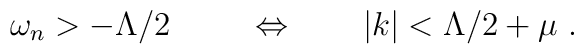
\omega_n > -\Lambda/2 \  \qquad \Leftrightarrow \qquad |k|< \Lambda/2 + \mu \ .